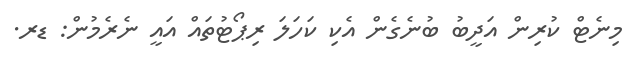
މިނެޓް ކުރިން އަދީބު ބުނެގެން އެކި ކަހަލަ ރިޕޯޓުތައް އައީ ނެރެމުން: ޑރ.